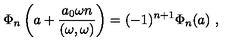
\Phi _ { n } \left( a + \frac { a _ { 0 } \omega n } { ( \omega , \omega ) } \right) = ( - 1 ) ^ { n + 1 } \Phi _ { n } ( a ) \ ,